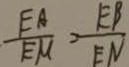
\frac { E A } { E M } = \frac { E B } { E N }